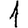
Digit: 1